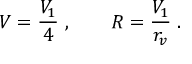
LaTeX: V = \frac { V _ { 1 } } { 4 } \; , \qquad R = \frac { V _ { 1 } } { r _ { v } } \; .